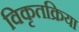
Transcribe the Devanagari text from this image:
विकृतक्रिया